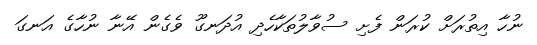
ނުހާ އިތުރަށް ކުރަން ފެށި ސުވާލުތަކާހެދި އުދަނގޫ ވެގެން އޭނާ ނުހާގެ އަނގަ